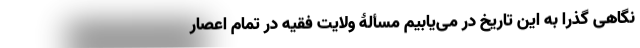
نگاهی گذرا به این تاریخ در می‌یابیم مسألۀ ولایت فقیه در تمام اعصار